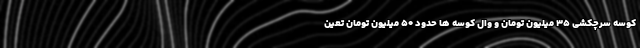
کوسه سرچکشی ۳۵ میلیون تومان و وال کوسه ها حدود ۵۰ میلیون تومان تعین